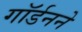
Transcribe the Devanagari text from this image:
गॉर्डनने